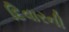
દિવારની